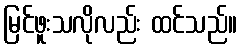
မြင်ဖူးသလိုလည်း ထင်သည်။